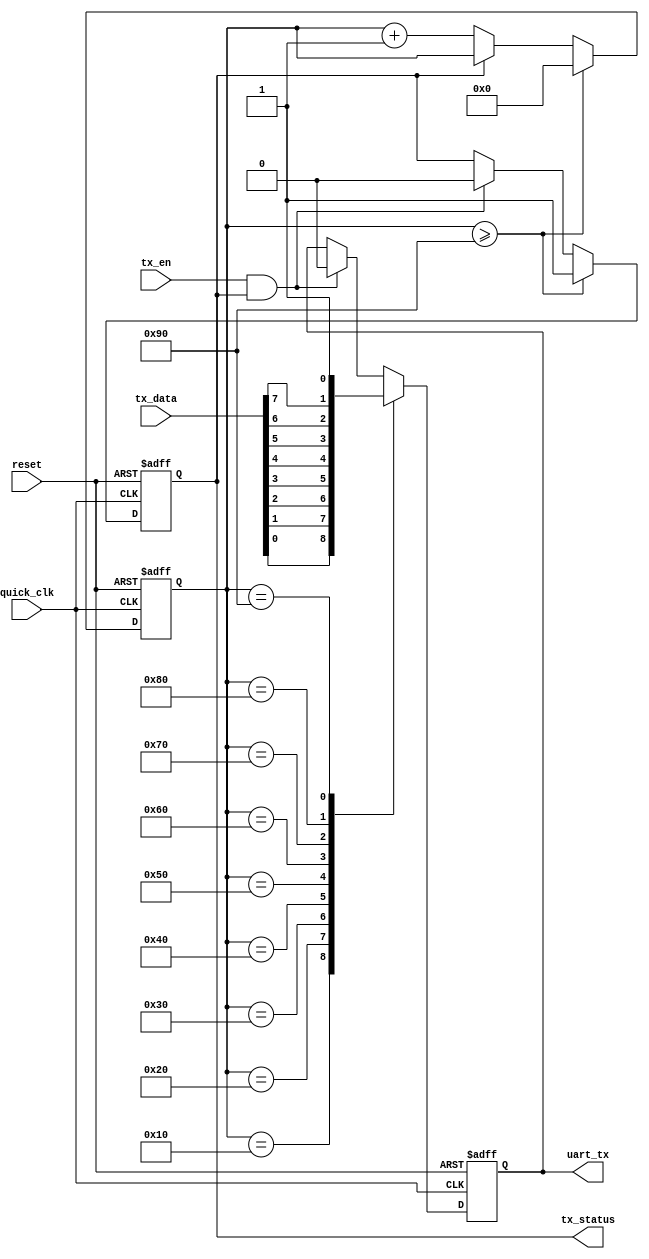
module UART_sender (reset,quick_clk,tx_data,tx_en,tx_status,uart_tx);
input quick_clk,tx_en,reset;
input [7:0] tx_data;
output uart_tx,tx_status;
reg uart_tx,tx_status;

reg [7:0] cnt;
/*
assign uart_tx = UART_TX;
assign tx_status = TX_STATUS;
*/
initial
begin
	cnt <= 0;
	tx_status <= 1;
	uart_tx <= 1;
end

always @(negedge reset or posedge quick_clk) 
begin
	if(~reset)
	begin
		cnt <= 0;
		tx_status <= 1;
		uart_tx <= 1;
	end
	else
	begin
	if(tx_en && tx_status)
	begin
		tx_status <= 0;
		uart_tx <= 0;
	end
	if(~tx_status)
	begin
		cnt <= cnt + 1;
	end
	if(cnt >= 8'd144)
	begin
		tx_status <= 1;
		cnt <= 0;
	end
	case (cnt)
		8'd16: begin uart_tx <= tx_data[0]; end // 8'd16:
		8'd32: begin uart_tx <= tx_data[1]; end
		8'd48: begin uart_tx <= tx_data[2]; end // 8'd48:
		8'd64: begin uart_tx <= tx_data[3]; end // 8'd64:
		8'd80: begin uart_tx <= tx_data[4]; end // 8'd80:
		8'd96: begin uart_tx <= tx_data[5]; end // 8'd96:
		8'd112: begin uart_tx <= tx_data[6]; end // 8'd112:
		8'd128: begin uart_tx <= tx_data[7]; end // 8'd128:
		8'd144: begin uart_tx <= 1; end // 8'd144:
	
		default : /* default */;
	endcase
	end
end


/*module UART_sender(reset, clk, TX_DATA, TX_EN, TX_STATUS, UART_TX);
input reset,clk,TX_EN;
input [7:0] TX_DATA;
output reg UART_TX,TX_STATUS;

reg [8:0] data;
reg state;
reg [4:0] count;
reg [3:0] num;

initial
begin
UART_TX<=1;
TX_STATUS<=1;
data<=0;
state<=0;
count<=0;
num<=0;
end

always @(posedge clk or negedge reset)
begin

if(~reset)
begin
	UART_TX<=1;
	TX_STATUS<=1;
	data<=0;
	state<=0;
	count<=0;
	num<=0;
end

else
begin
	if(~state)
	begin
		if(TX_EN)
		begin
			state<=1;
			TX_STATUS<=0;
			data[8:1]<=TX_DATA;
		end
		
		else
		begin
			UART_TX<=1;
		end
	end
	
	else
	begin
		if(count==16)
		begin
			count<=0;
			if(num==9)
			begin
				state<=0;
				TX_STATUS<=1;
				num<=0;
				UART_TX<=1;
			end
			else
			begin
				UART_TX<=data[num];
				num=num+1;
			end
		end
		
		else
		begin
			count=count+1;
		end
			
	end
end


end
*/
endmodule